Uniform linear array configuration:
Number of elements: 12
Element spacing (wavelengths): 0.75
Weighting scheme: hamming
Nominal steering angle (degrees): -45
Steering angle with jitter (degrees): -46.729
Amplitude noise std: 0.05
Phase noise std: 0.05

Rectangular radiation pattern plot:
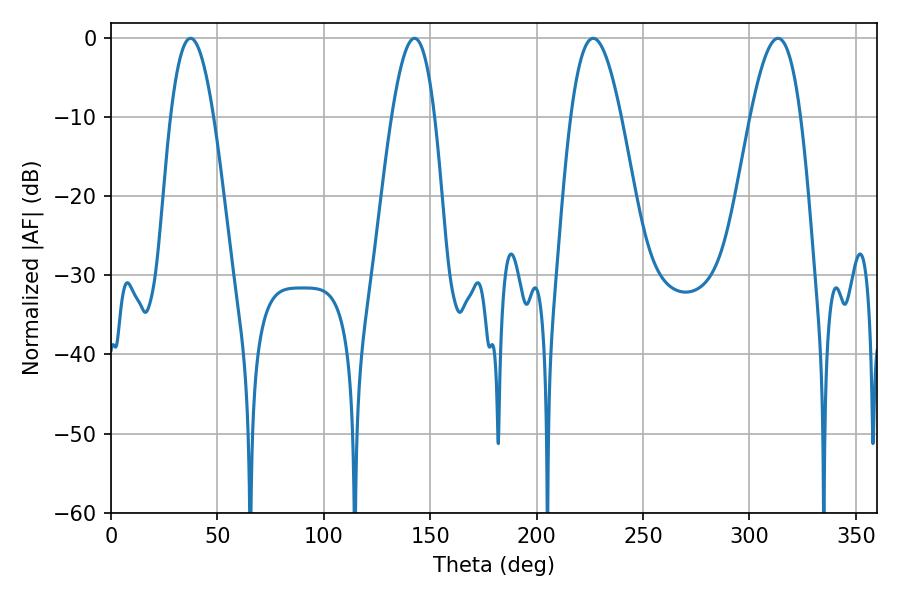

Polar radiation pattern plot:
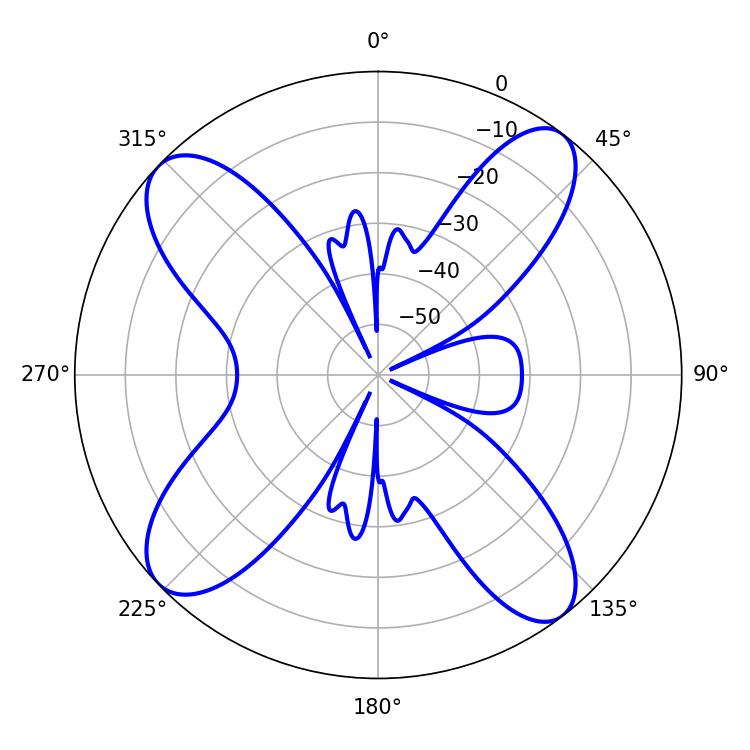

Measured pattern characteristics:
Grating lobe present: TRUE
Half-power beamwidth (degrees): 12.96
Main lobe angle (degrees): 226.62